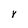
Character: Y